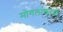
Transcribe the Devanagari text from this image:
मोगलांकरवी